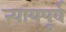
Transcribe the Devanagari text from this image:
न्यायपूर्व